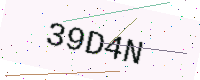
Text: 39D4N